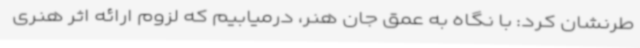
طرنشان کرد: با نگاه به عمق جان هنر، درمیابیم که لزوم ارائه اثر هنری